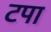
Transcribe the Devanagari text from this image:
टपा